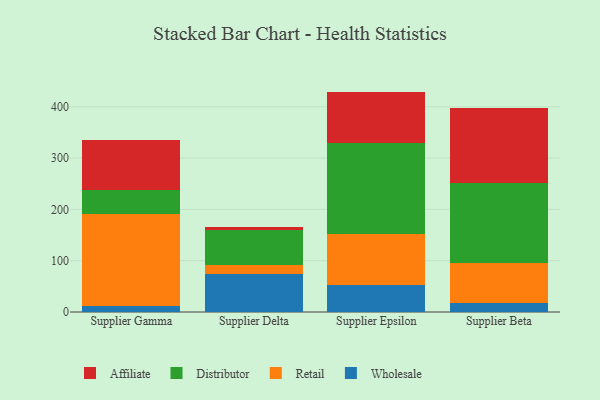
{"axis": {"x": "Supplier", "y": "Tickets Resolved"}, "legend": ["Affiliate", "Distributor", "Retail", "Wholesale"], "data": [{"x": "Supplier Gamma", "y": 11.7, "type": "Wholesale"}, {"x": "Supplier Gamma", "y": 179.2, "type": "Retail"}, {"x": "Supplier Gamma", "y": 47.3, "type": "Distributor"}, {"x": "Supplier Gamma", "y": 96.1, "type": "Affiliate"}, {"x": "Supplier Delta", "y": 73.8, "type": "Wholesale"}, {"x": "Supplier Delta", "y": 17.9, "type": "Retail"}, {"x": "Supplier Delta", "y": 68.0, "type": "Distributor"}, {"x": "Supplier Delta", "y": 5.5, "type": "Affiliate"}, {"x": "Supplier Epsilon", "y": 52.4, "type": "Wholesale"}, {"x": "Supplier Epsilon", "y": 100.2, "type": "Retail"}, {"x": "Supplier Epsilon", "y": 176.0, "type": "Distributor"}, {"x": "Supplier Epsilon", "y": 101.0, "type": "Affiliate"}, {"x": "Supplier Beta", "y": 17.2, "type": "Wholesale"}, {"x": "Supplier Beta", "y": 78.4, "type": "Retail"}, {"x": "Supplier Beta", "y": 156.1, "type": "Distributor"}, {"x": "Supplier Beta", "y": 146.8, "type": "Affiliate"}]}